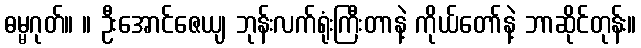
ဓမ္မဂုတ်။ ။ ဦးအောင်ဇေယျ ဘုန်းလက်ရုံးကြီးတာနဲ့ ကိုယ်တော်နဲ့ ဘာဆိုင်တုန်း။